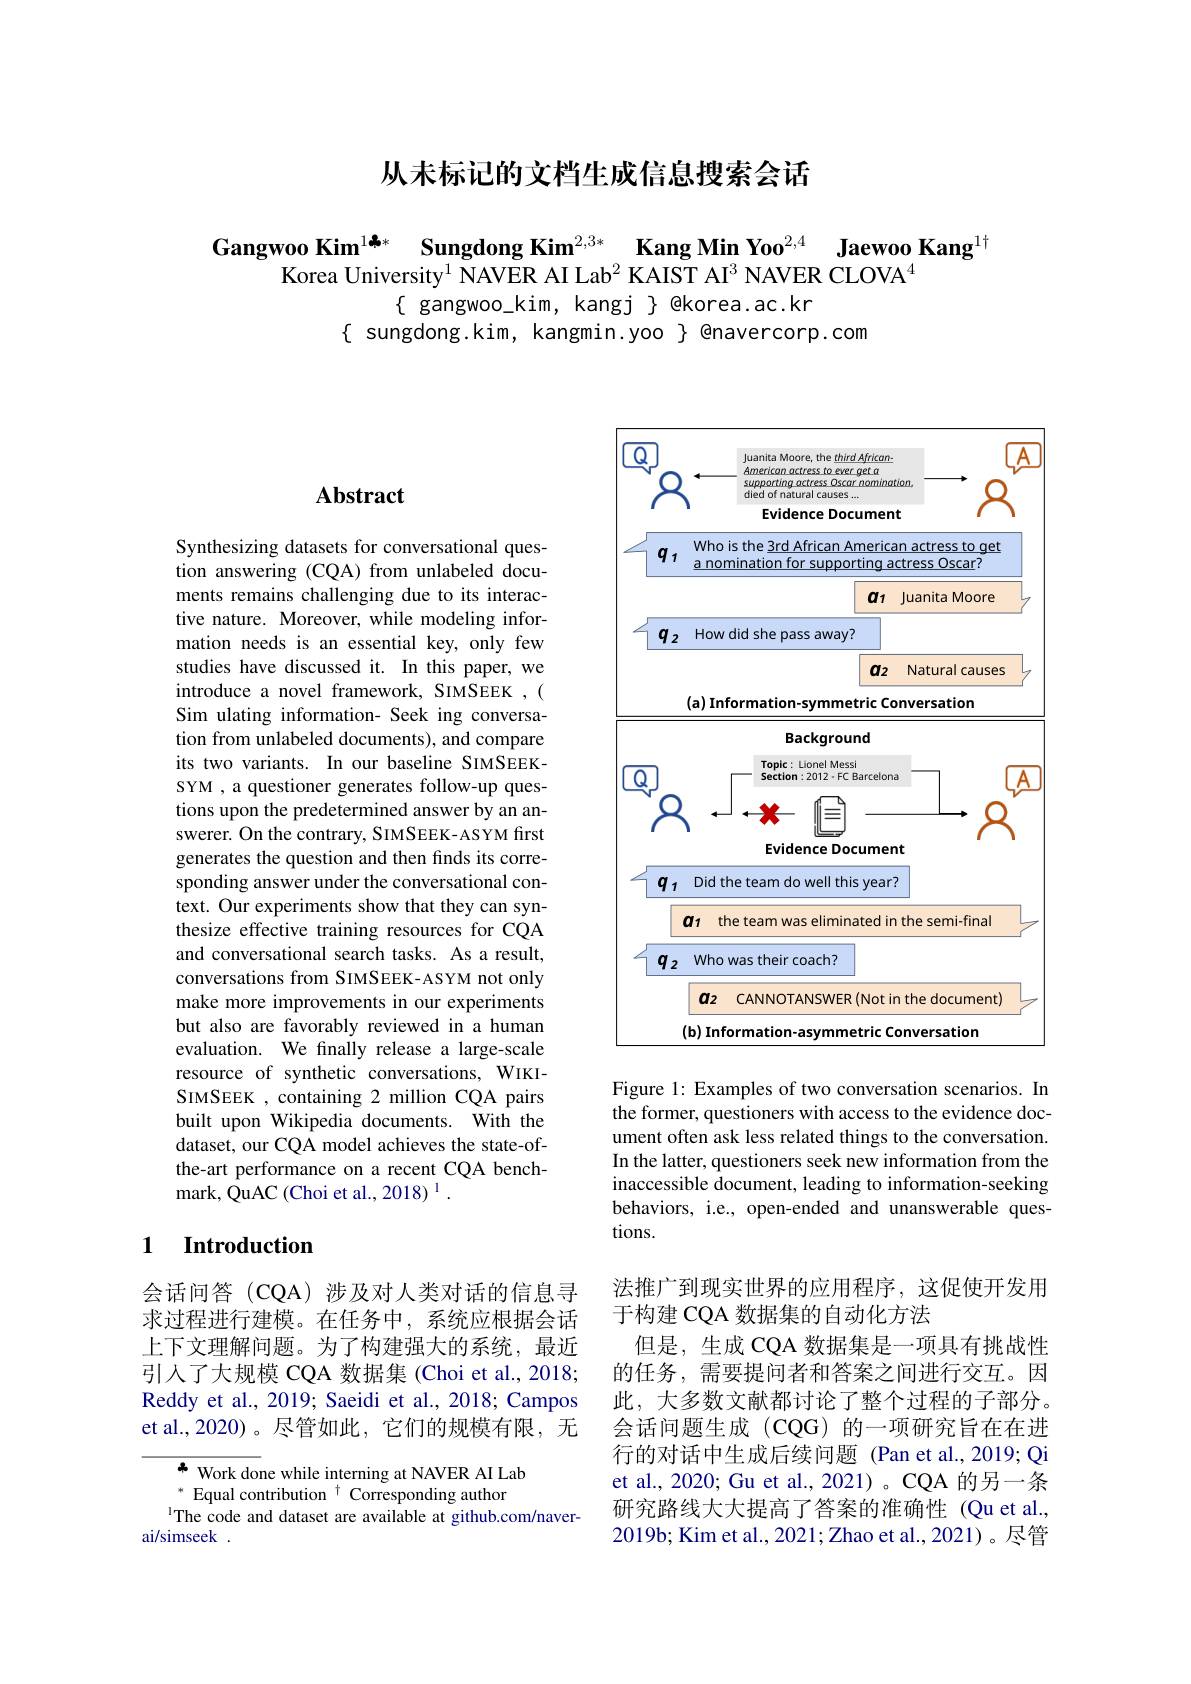
# 从未标记的文档生成信息搜索会话

Gangwoo Kim$^{1\clubsuit*}\textbf{Sungdong Kim}^{2,3*}\textbf{ Kang Min Yoo}^{2,4}\textbf{ Jaewoo Kang}^{1\dagger}$Korea University$^{1}\text{ NAVER AI Lab}^{2}\text{ KAIST AI}^{3}\text{ NAVER CLOVA}^{4}$
$\{$ gangwoo\_kim, kangj $\}$ @korea.ac.kr
$\{$ sungdong.kim, kangmin.yoo $\}$ @navercorp.com

## $\mathbf{Abstract}$

Synthesizing datasets for conversational question answering (CQA) from unlabeled documents remains challenging due to its interactive nature. Moreover, while modeling information needs is an essential key, only few studies have discussed it. In this paper, we introduce a novel framework, SIMSEEK ,( Sim ulating information- Seek ing conversation from unlabeled documents), and compare its two variants. In our baseline SIMSEEKSYM , a questioner generates follow-up questions upon the predetermined answer by an answerer. On the contrary, SIMSEEK-ASYM first generates the question and then finds its corresponding answer under the conversational context. Our experiments show that they can synthesize effective training resources for CQA and conversational search tasks. As a result, conversations from SIMSEEK-ASYM not only make more improvements in our experiments but also are favorably reviewed in a human evaluation. We finally release a large-scale resource of synthetic conversations, WIKISIMSEEK , containing 2 million CQA pairs built upon Wikipedia documents. With the dataset, our CQA model achieves the state-ofthe-art performance on a recent CQA bench- ${\mathrm{mark,~QuAC~(Choi~et~al.,~2018)~}^{1}}.$

### 1 $\textbf{Introduction}$

会话问答(CQA)涉及对人类对话的信息寻求过程进行建模。在任务中，系统应根据会话上下文理解问题。为了构建强大的系统，最近引入了大规模 CQA 数据集 (Choi et al., 2018; Reddy et al., 2019; Saeidi et al., 2018; Campos et al.,2020)。尽管如此，它们的规模有限，无

$\clubsuit$ Work done while interning at NAVER AI Lab
$^*$ Equal contribution $^\dagger$ Corresponding author
The code and dataset are available at github.com/naver-
ai/simseek .

<FigureHere>

Figure 1: Examples of two conversation scenarios. In the former, questioners with access to the evidence document often ask less related things to the conversation. In the latter, questioners seek new information from the inaccessible document, leading to information-seeking behaviors, i.e., open-ended and unanswerable questions.

法推广到现实世界的应用程序，这促使开发用
于构建 CQA 数据集的自动化方法
但是，生成 CQA 数据集是一项具有挑战性的任务，需要提问者和答案之间进行交互。因此，大多数文献都讨论了整个过程的子部分。会话问题生成 (CQG)的一项研究旨在在进行的对话中生成后续问题 (Pan et al.,2019; Qi et al., 2020; Gu et al., 2021) 。CQA 的另一条研究路线大大提高了答案的准确性(Qu et al., 2019b; Kim et al., 2021; Zhao et al., 2021)。尽管